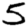
Digit: 5